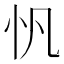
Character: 忛